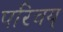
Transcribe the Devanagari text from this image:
परिचय्